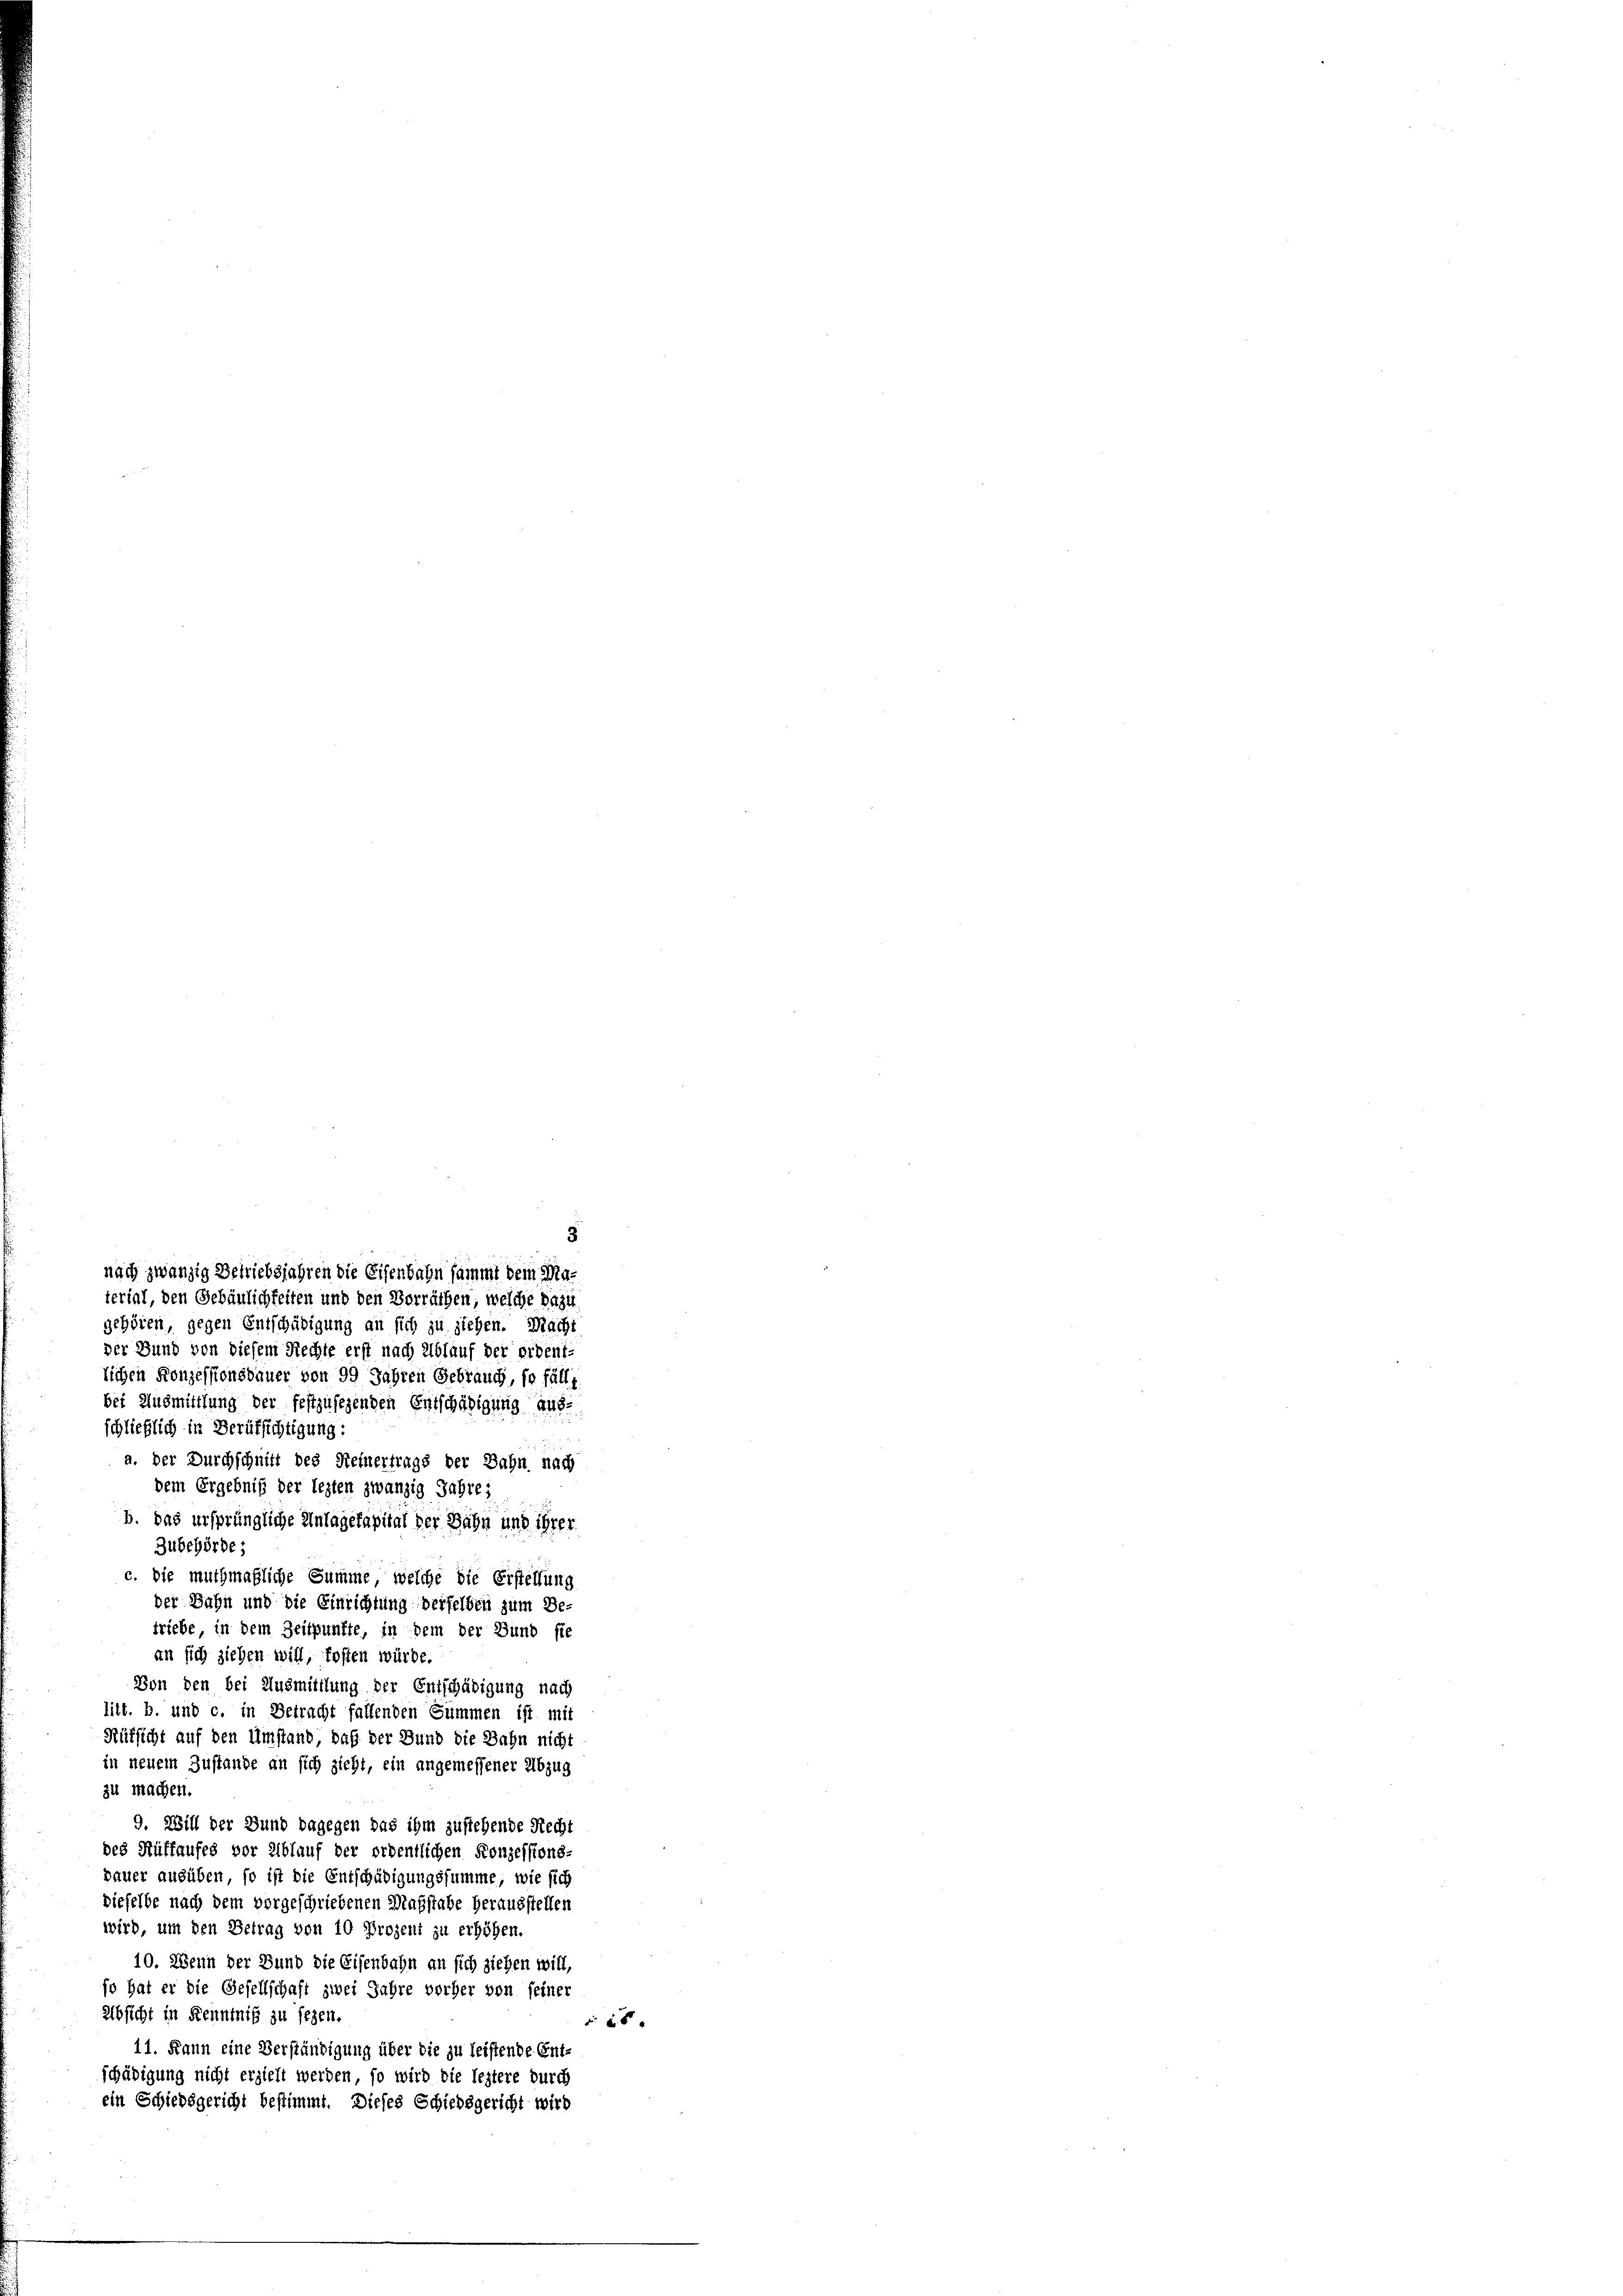
3
nach zwanzig Betriebsjahren die Eisenbahn sammt dem Material, den Gebäulichkeiten und den Vorräthen, welche dazu

gehören, gegen Entschädigung an sich zu ziehen. Macht
der Bund von diesem Rechte erst nach Ablauf der ordent-
lichen Konzessionsdauer von 99 Jahren Gebrauch, so fälle
bei Ausmittlung der festzusegenden Entschädigung aus-
schließlich in Berufsichtigung:
a. der Durchschnitt des Heinertrags der Bahn nach
dem Ergebniß der lezten zwanzig Jahre;
b. das ursprüngliche Anlagekapital der Bahn und ihrer
Zubehörde;
c. Die muthmaßliche Summe, welche die Erstellung
der Bahn und die Einrichtung derfelben zum Be-
triebe in dem Zeitpunkte, in dem der Bund sie
an sich ziehen will, fosten würde.
Von den bei Ausmittlung der Entschädigung nach
litt. b. und c. in Betracht fallenden Summen ist mit
Rüksicht auf den Umstand daß der Bund die Jahn nicht
in neuem Zustande an sich zieht, ein angemessener Abzug
zu machen.
9. Will der Bund dagegen das ihm zustehende Recht
des Auffaufes vor Elblauf der ordentlichen Konzessions-
dauer ausüben, so ist die Entschädigungssumme, wie sich
dieselbe nach dem vorgeschriebenen Maßstabe herausstellen
wird, um den Betrag von 10 Prozent zu erhöhen.
10. Wenn der Bund die Eisenbahn an sich ziehen will,
so hat er die Gesellschaft zwei Jahre vorher von seiner
Absicht in Kenntniß zu sezen.
 26 x
11. Kann eine Verständigung über die zu leistende Ent-
schädigung nicht erzieht werden, so wird die leztere durch
ein Schiedsgericht bestimmt. Dieses Schiedsgericht wird